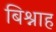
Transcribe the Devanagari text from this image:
बिश्नाह